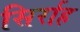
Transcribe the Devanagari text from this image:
सिर्राह